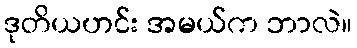
ဒုတိယဟင်း အမယ်က ဘာလဲ။